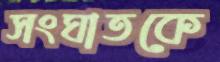
সংঘাতকে